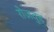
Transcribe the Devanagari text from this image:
रोज़वुड